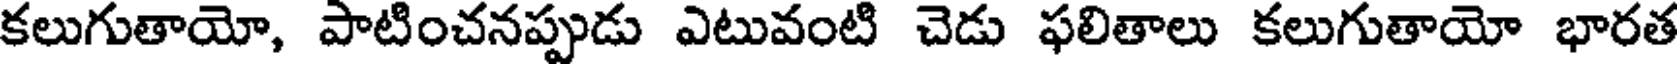
కలుగుతాయో, పాటించనప్పుడు ఎటువంటి చెడు ఫలితాలు కలుగుతాయో భారత